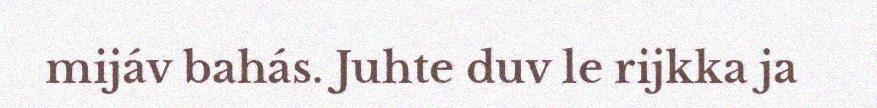
mijáv bahás. Juhte duv le rijkka ja